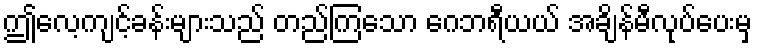
ဤလေ့ကျင့်ခန်းများသည် တည်ကြသော ဂေဘရီယယ် အချိန်မီလုပ်ပေးမှ